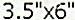
3.5"X6"